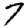
Digit: 7